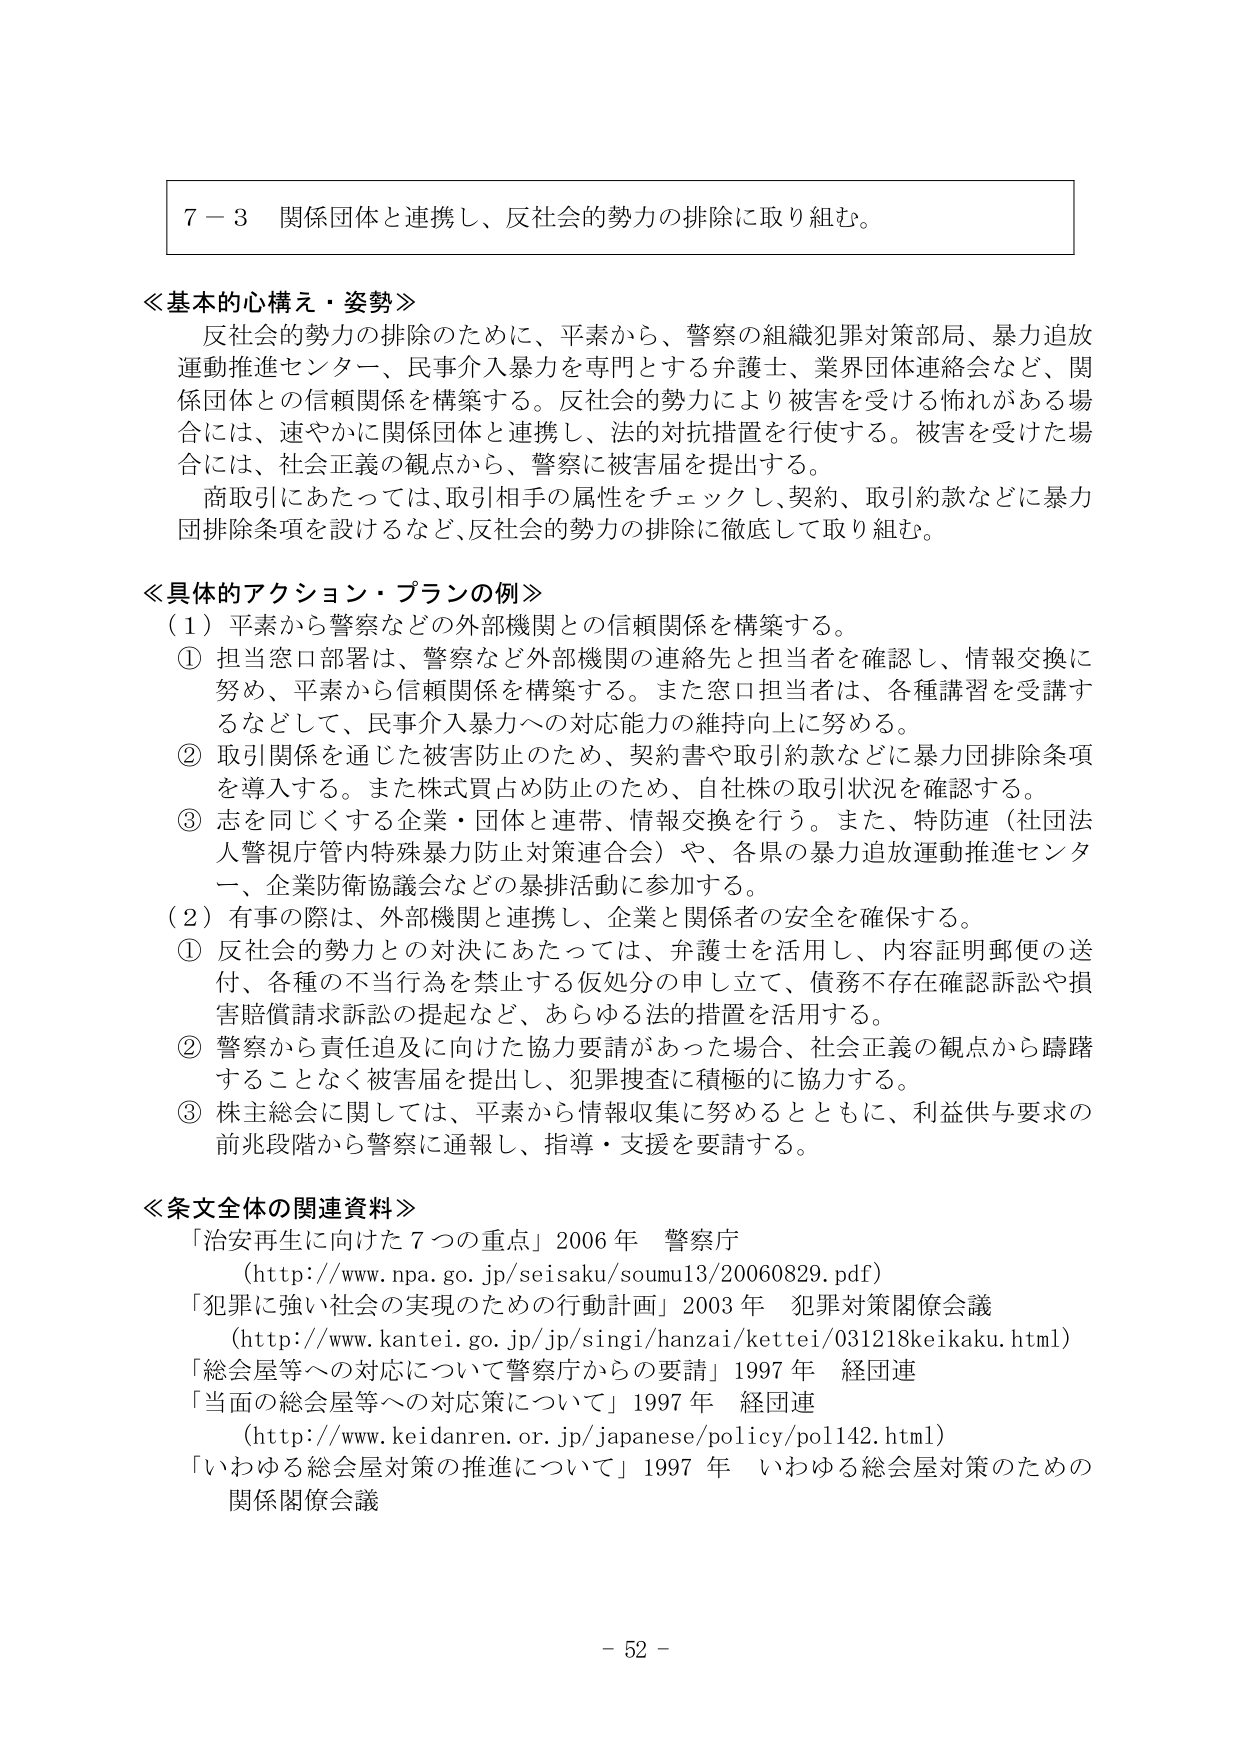
７－３ 関係団体と連携し、反社会的勢力の排除に取り組む。

≪基本的心構え・姿勢≫
反社会的勢力の排除のために、平素から、警察の組織犯罪対策部局、暴力追放運動推進センター、民事介入暴力を専門とする弁護士、業界団体連絡会など、関係団体との信頼関係を構築する。反社会的勢力により被害を受ける怖れがある場合には、速やかに関係団体と連携し、法的対抗措置を行使する。被害を受けた場合には、社会正義の観点から、警察に被害届を提出する。
商取引にあたっては、取引相手の属性をチェックし、契約、取引約款などに暴力団排除条項を設けるなど、反社会的勢力の排除に徹底して取り組む。

≪具体的アクション・プランの例≫
（１）平素から警察などの外部機関との信頼関係を構築する。
① 担当窓口部署は、警察など外部機関の連絡先と担当者を確認し、情報交換に努め、平素から信頼関係を構築する。また窓口担当者は、各種講習を受講するなどして、民事介入暴力への対応能力の維持向上に努める。
② 取引関係を通じた被害防止のため、契約書や取引約款などに暴力団排除条項を導入する。また株式買占め防止のため、自社株の取引状況を確認する。
③ 志を同じくする企業・団体と連帯、情報交換を行う。また、特防連（社団法人警視庁管内特殊暴力防止対策連合会）や、各県の暴力追放運動推進センター、企業防衛協議会などの暴排活動に参加する。
（２）有事の際は、外部機関と連携し、企業と関係者の安全を確保する。
① 反社会的勢力との対決にあたっては、弁護士を活用し、内容証明郵便の送付、各種の不当行為を禁止する仮処分の申し立て、債務不存在確認訴訟や損害賠償請求訴訟の提起など、あらゆる法的措置を活用する。
② 警察から責任追及に向けた協力要請があった場合、社会正義の観点から躊躇することなく被害届を提出し、犯罪捜査に積極的に協力する。
③ 株主総会に関しては、平素から情報収集に努めるとともに、利益供与要求の前兆段階から警察に通報し、指導・支援を要請する。

≪条文全体の関連資料≫
「治安再生に向けた７つの重点」2006年 警察庁
（http://www.npa.go.jp/seisaku/soumu13/20060829.pdf）
「犯罪に強い社会の実現のための行動計画」2003年 犯罪対策関係会議
（http://www.kantei.go.jp/jp/singi/hanzai/kettei/031218keikaku.html）
「総会屋等への対応について警察庁からの要請」1997年 経団連
「当面の総会屋等への対応策について」1997年 経団連
（http://www.keidanren.or.jp/japanese/policy/pol142.html）
「いわゆる総会屋対策の推進について」1997年 いわゆる総会屋対策のための関係関係会議

－ 52 －